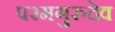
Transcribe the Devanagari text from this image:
परमगुरुदेव